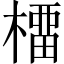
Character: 橊